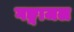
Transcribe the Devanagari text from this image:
गङ्गाजल